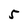
Character: 5